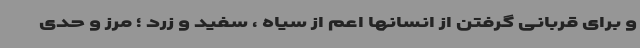
و برای قربانی گرفتن از انسانها اعم از سیاه ، سفید و زرد ؛ مرز و حدی